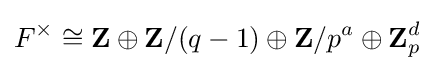
F^{\times }\cong \mathbf {Z} \oplus \mathbf {Z} /(q-1)\oplus \mathbf {Z} /p^{a}\oplus \mathbf {Z} _{p}^{d}